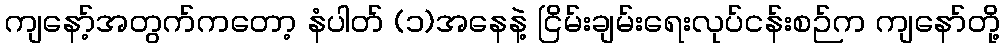
ကျနော့်အတွက်ကတော့ နံပါတ် (၁)အနေနဲ့ ငြိမ်းချမ်းရေးလုပ်ငန်းစဉ်က ကျနော်တို့